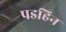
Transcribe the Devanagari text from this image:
पडहिन